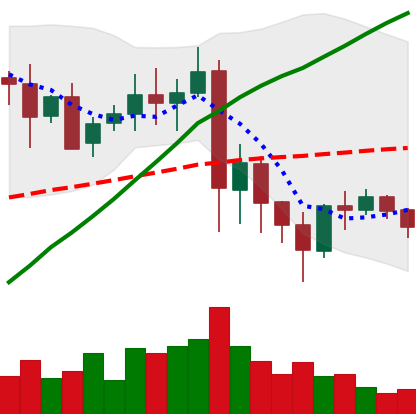
Ticker: XRP-USD
Chart end date: 2021-05-28
Forward return: 13.804%
Label: up_7plus